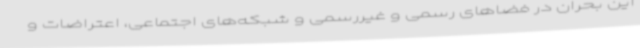
این بحران در فضاهای رسمی و غیررسمی و شبکه‌های اجتماعی، اعتراضات و